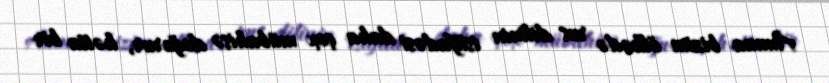
Amma bizim ölkədə rus dilinin istifadəsi daha çox mübahisə doğurur, hətta bir